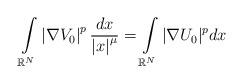
LaTeX: \begin{align*}\int\limits_{\mathbb{R}^{N}}\left\vert \nabla V_{0}\right\vert ^{p}\frac{dx}{\left\vert x\right\vert^{\mu}}=\int\limits_{\mathbb{R}^{N}}|\nabla U_{0}|^{p}dx\end{align*}